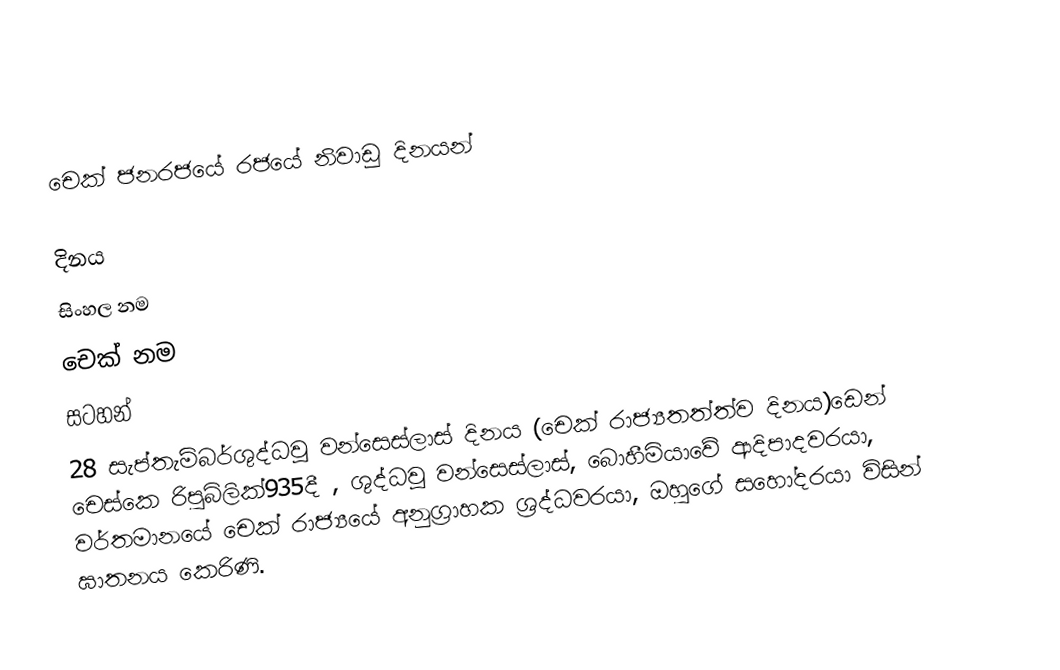
චෙක් ජනරජයේ රජයේ නිවාඩු දිනයන්

දිනය
සිංහල නම
චෙක් නම
සටහන්
28 සැප්තැම්බර්ශුද්ධවූ වන්සෙස්ලාස් දිනය (චෙක් රාජ්‍යතත්ත්ව දිනය)ඩෙන් චෙස්කෙ රිපුබ්ලික්935දී , ශුද්ධවූ වන්සෙස්ලාස්, බොහීමියාවේ ආදිපාදවරයා, වර්තමානයේ චෙක් රාජ්‍යයේ  අනුග්‍රාහක ශ්‍රද්ධවරයා, ඔහුගේ සහෝදරයා විසින් ඝාතනය කෙරිණි.